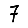
Digit: 7